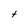
Character: t